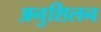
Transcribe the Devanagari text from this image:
अनुशिलन